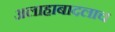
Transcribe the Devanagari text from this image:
अलाहाबादलाच